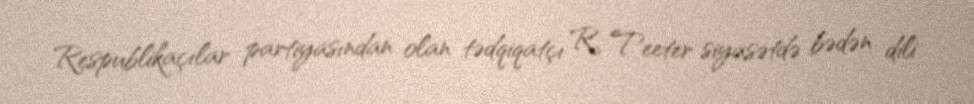
Respublikaçılar partiyasından olan tədqiqatçı R. Teeter siyasətdə bədən dili